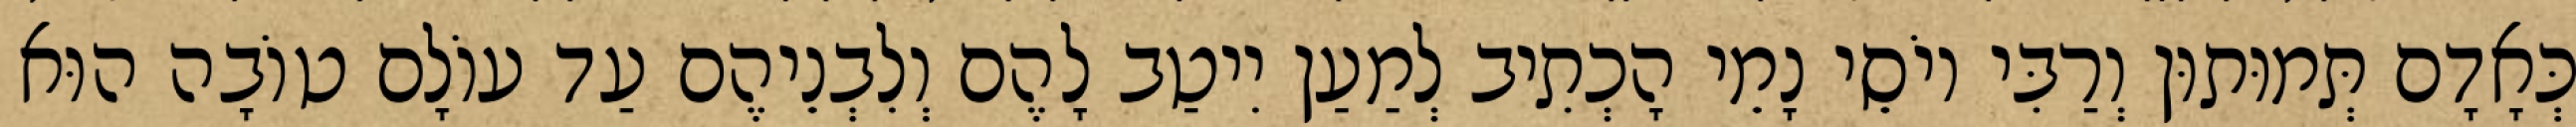
כְּאָדָם תְּמוּתוּן וְרַבִּי יוֹסֵי נָמֵי הָכְתִיב לְמַעַן יִיטַב לָהֶם וְלִבְנֵיהֶם עַד עוֹלָם טוֹבָה הוּא